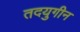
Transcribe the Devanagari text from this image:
तदयुगीन